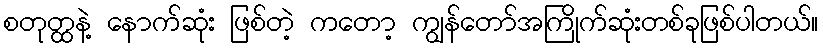
စတုတ္ထနဲ့ နောက်ဆုံး ဖြစ်တဲ့ ကတော့ ကျွန်တော်အကြိုက်ဆုံးတစ်ခုဖြစ်ပါတယ်။